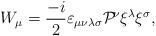
LaTeX: \begin{align*}W_\mu=\frac{-i}{2}\varepsilon_{\mu\nu\lambda\sigma}{\cal P}{\!}^\nu\xi^\lambda\xi^\sigma,\end{align*}